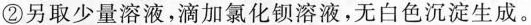
②另取少量溶液，滴加氯化钡溶液，无白色沉淀生成。